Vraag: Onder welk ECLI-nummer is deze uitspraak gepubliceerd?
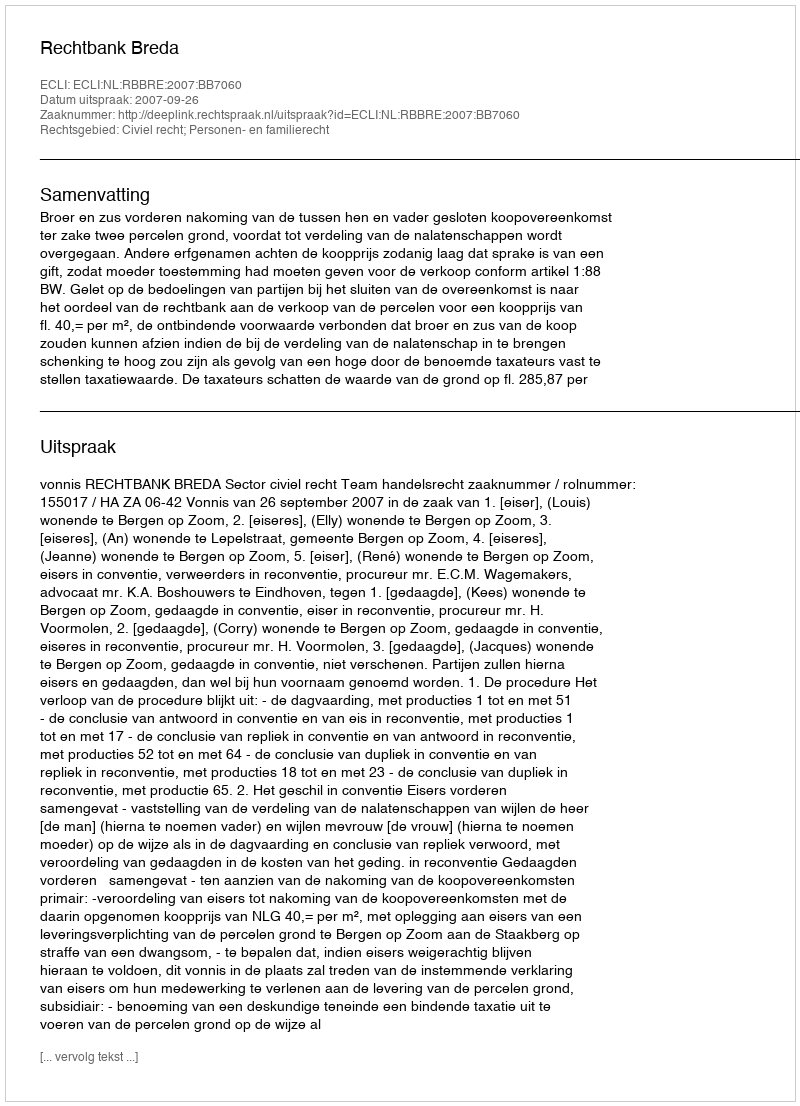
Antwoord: ECLI:NL:RBBRE:2007:BB7060